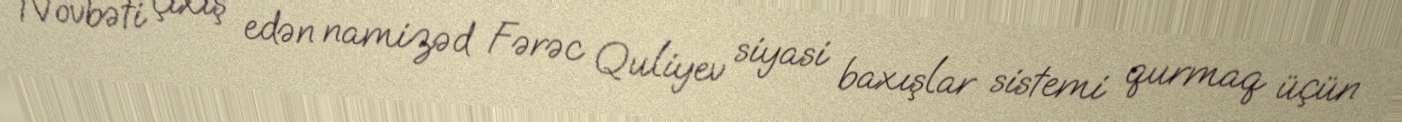
Növbəti çıxış edən namizəd Fərəc Quliyev siyasi baxışlar sistemi qurmaq üçün